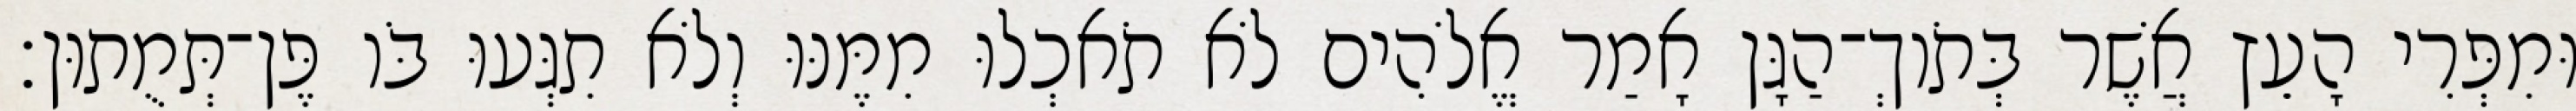
וּמִפְּרִי הָעֵץ אֲשֶׁר בְּתֹוךְ־הַגָּן אָמַר אֱלֹהִים לֹא תֹאכְלוּ מִמֶּנּוּ וְלֹא תִגְּעוּ בֹּו פֶּן־תְּמֻתוּן׃